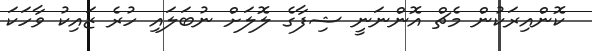
ކޮންއިރަކުން މެޗް އޮންނަނީ ޝިފާގެ ލޮލަށް ނުބަލައި ހުރެ ޒައިކު ވާހަކަ